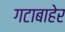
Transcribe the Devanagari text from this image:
गटाबाहेर